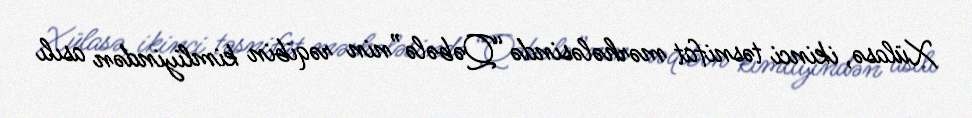
Xülasə, ikinci təsnifat mərhələsində “Qəbələ”nin rəqibin kimliyindən asılı